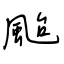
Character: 颱